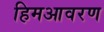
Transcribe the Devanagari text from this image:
हिमआवरण